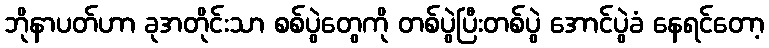
ဘိုနာပတ်ဟာ ခုအတိုင်းသာ စစ်ပွဲတွေကို တစ်ပွဲပြီးတစ်ပွဲ အောင်ပွဲခံ နေရင်တော့